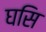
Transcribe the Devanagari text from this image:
घसि